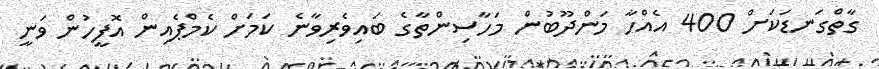
ގާތްގަނޑަކަށް 400 އެއްހާ މަންދޫބުން މަހާސިންތާގެ ބައިވެރިވާނެ ކަމަށް ކެމްޕެއިން އޮފީހުން ވަނީ